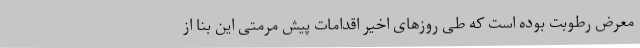
معرض رطوبت بوده است که طی روزهای اخیر اقدامات پیش مرمتی این بنا از